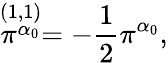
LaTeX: \stackrel{(1,1)}{\pi^{\alpha_{0}}}=-{\frac{1}{2}}\pi^{\alpha_{0}},